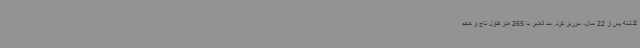
گذشته پس از 22 سال، سرریز کرد. سد الغدیر با 265 متر طول تاج و حجم